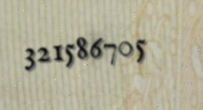
321586705